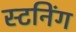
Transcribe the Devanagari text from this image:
स्टनिंग